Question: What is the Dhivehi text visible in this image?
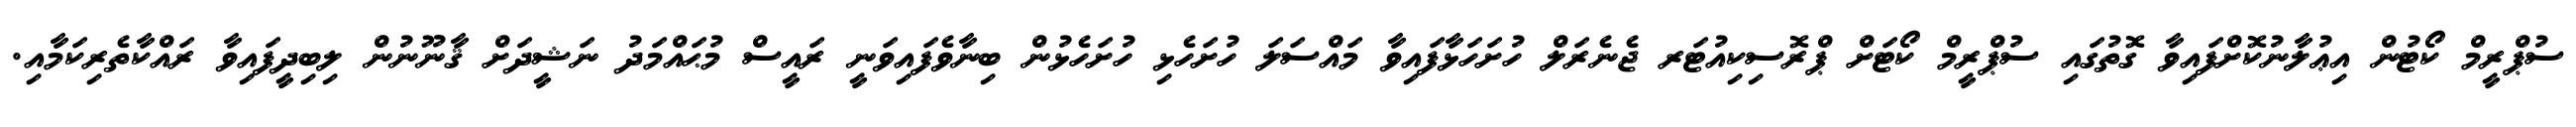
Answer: ސުޕްރީމް ކޯޓުން އިޢުލާނުކޮށްފައިވާ ގޮތުގައި ސުޕްރީމް ކޯޓަށް ޕްރޮސިކިއުޓަރ ޖެނެރަލް ހުށަހަޅާފައިވާ މައްސަލަ ހުށަހެޅި ހުށަހެޅުން ބިނާވެފައިވަނީ ރައީސް މުޙައްމަދު ނަޝީދަށް ޤާނޫނުން ލިބިދީފައިވާ ރައްކާތެރިކަމާއި.